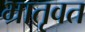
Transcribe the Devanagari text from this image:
भ्रातृवत